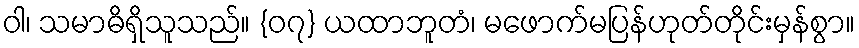
ဝါ၊ သမာဓိရှိသူသည်။ {၀၇} ယထာဘူတံ၊ မဖောက်မပြန်ဟုတ်တိုင်းမှန်စွာ။